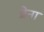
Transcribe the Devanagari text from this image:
प्रेना